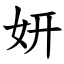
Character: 妍